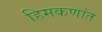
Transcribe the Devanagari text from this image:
हिमकणांत